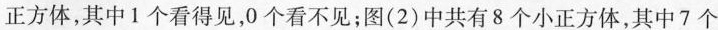
正方体，其中1个看得见，0个看不见；图(2)中共有8个小正方体，其中7个